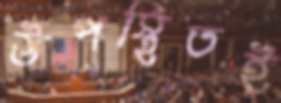
উপস্থিতই